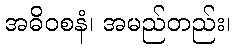
အဓိဝစနံ၊ အမည်တည်း၊